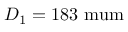
D _ { 1 } = 1 8 3 \mathrm { \ m u m }